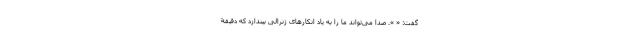
گفت: « ». صدا می‌تواند ما را به یاد انکارهای ژنرالی بیندازد که دقیقۀ